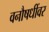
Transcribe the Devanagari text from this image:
वनौषधींवर